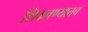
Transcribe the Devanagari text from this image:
शिकवण्यातच